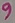
Text: 9